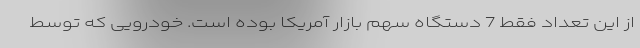
از این تعداد فقط 7 دستگاه سهم بازار آمریکا بوده است. خودرویی که توسط